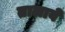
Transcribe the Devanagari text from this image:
तालाबें